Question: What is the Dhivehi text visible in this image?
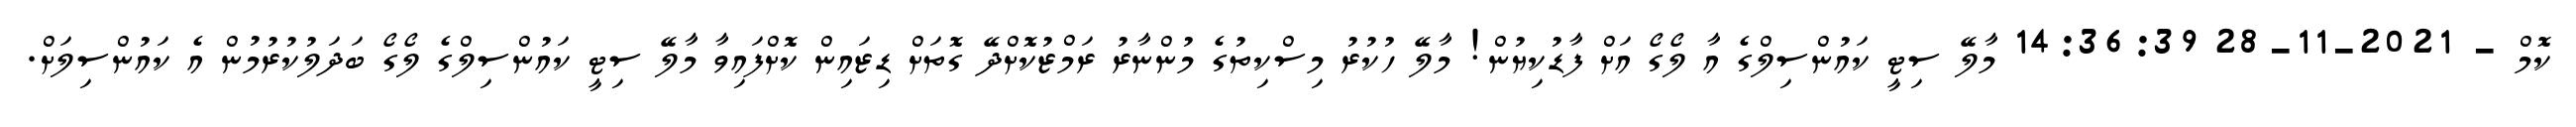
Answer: ކޮމް - 2021-11-28 14:36:39 މާލޭ ސިޓީ ކައުންސިލްގެ އާ ލޯގޯ އަށް ފާޑުކިޔުން! މާލޭ ހުކުރު މިސްކިތުގެ މުންނާރު ރަމްޒުކޮށްދޭ ގޮތަށް ޑިޒައިން ކޮށްފައިވާ މާލޭ ސިޓީ ކައުންސިލްގެ ލޯގޯ ބަދަލުކުރުމުން އެ ކައުންސިލަށް.